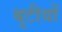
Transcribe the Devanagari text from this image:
बुटीयों